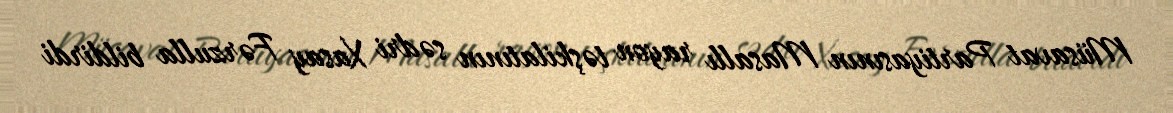
Müsavat Partiyasının Masallı rayon təşkilatının sədri Xasay Fərzulla bildirdi